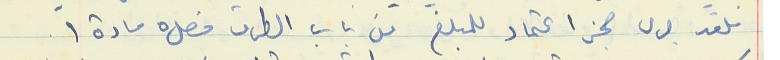
فلقد جرى حجز اعتماد للمبلغ من باب الطرق فصل ٥ مادة ١